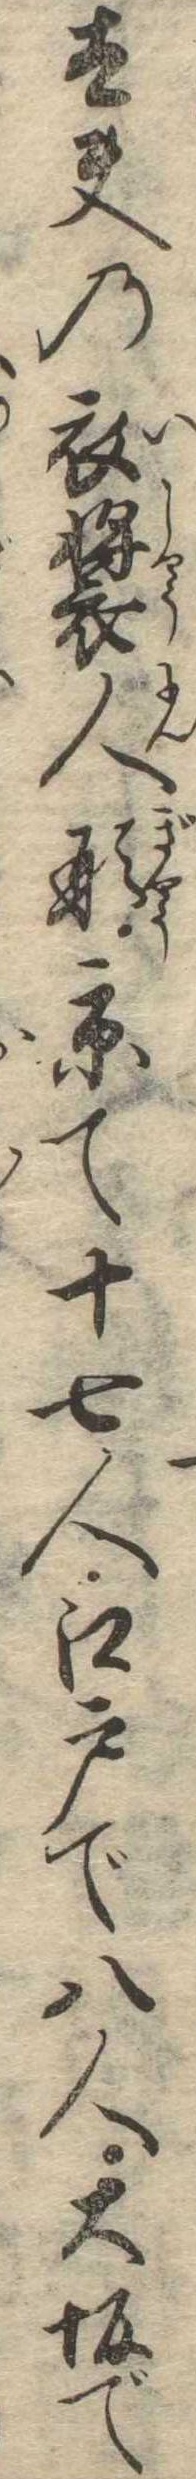
太夫の衣装人形京て十七人江戸で八人大坂で